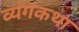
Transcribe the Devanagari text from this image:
व्यंगकथा